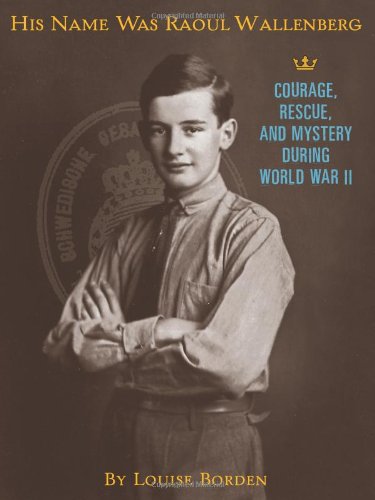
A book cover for His Name Was Raoul Wallenberg; Louise Borden; Teen & Young Adult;